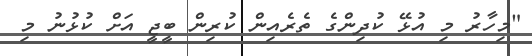
"މިހާރު މި އުޅޭ ކުދިންގެ ތެރެއިން ކުރިން ބީޖީ އަށް ކުޅުނު މި